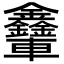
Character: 𨐃